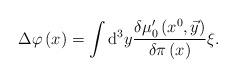
LaTeX: \begin{align*}\Delta \varphi \left( x\right) =\int \mathrm{d}^{3}y\frac{\delta \mu_{0}^{\prime }\left( x^{0},\vec{y}\right) }{\delta \pi \left( x\right) }\xi .\end{align*}